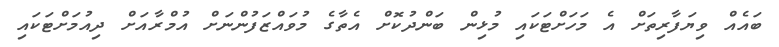
ބައެއް ވިޔަފާރިތަށް އެ މަހަށްޓަކައި މުޅިން ބަންދުކޮށް އެތާގެ މުވައްޒަފުންނަށް އުމްރާއަށް ދިއުމަށްޓަކައި